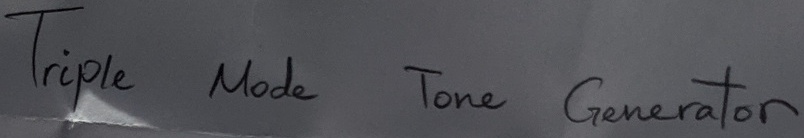
Text: Triple Mode Tone Generator